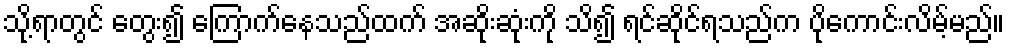
သို့ရာတွင် တွေး၍ ကြောက်နေသည်ထက် အဆိုးဆုံးကို သိ၍ ရင်ဆိုင်ရသည်က ပိုကောင်းလိမ့်မည်။